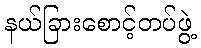
နယ်ခြားစောင့်တပ်ဖွဲ့